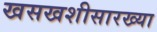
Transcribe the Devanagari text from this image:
खसखशीसारख्या